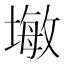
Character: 𪤓